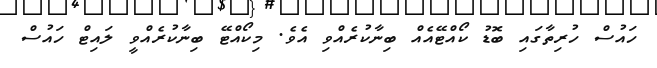
ހައުސް ހުރިތާގައި ބޮޑު ކޯއްޓޭއެއް ބިނާކުރެއްވި އެވެ. މިކޯއްޓޭ ބިނާކުރެއްވީ ލައިޓް ހައުސް